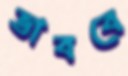
ভাববে